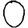
Digit: 0